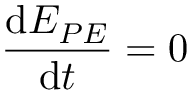
\frac { \mathrm { d } E _ { P E } } { \mathrm { d } t } = 0